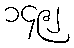
၁၄၉၂